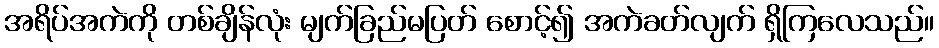
အရိပ်အကဲကို တစ်ချိန်လုံး မျက်ခြည်မပြတ် စောင့်၍ အကဲခတ်လျက် ရှိကြလေသည်။